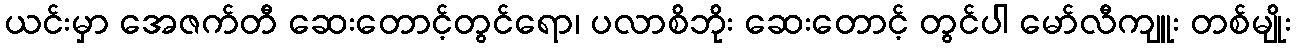
ယင်းမှာ အေဇက်တီ ဆေးတောင့်တွင်ရော၊ ပလာစိဘိုး ဆေးတောင့် တွင်ပါ မော်လီကျူး တစ်မျိုး